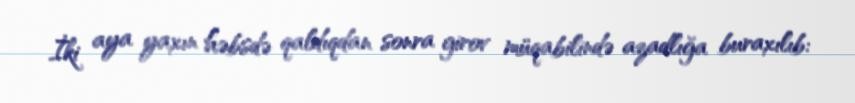
İki aya yaxın həbsdə qaldıqdan sonra girov müqabilində azadlığa buraxılıb: